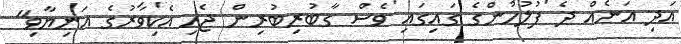
އަދި އަނެއް ދެ ފުލުހުންގެ ގައިގައި ވެސް ގާބުރިބުރިން ޖެހި އެކިވަރުގެ އަނިޔާވި"